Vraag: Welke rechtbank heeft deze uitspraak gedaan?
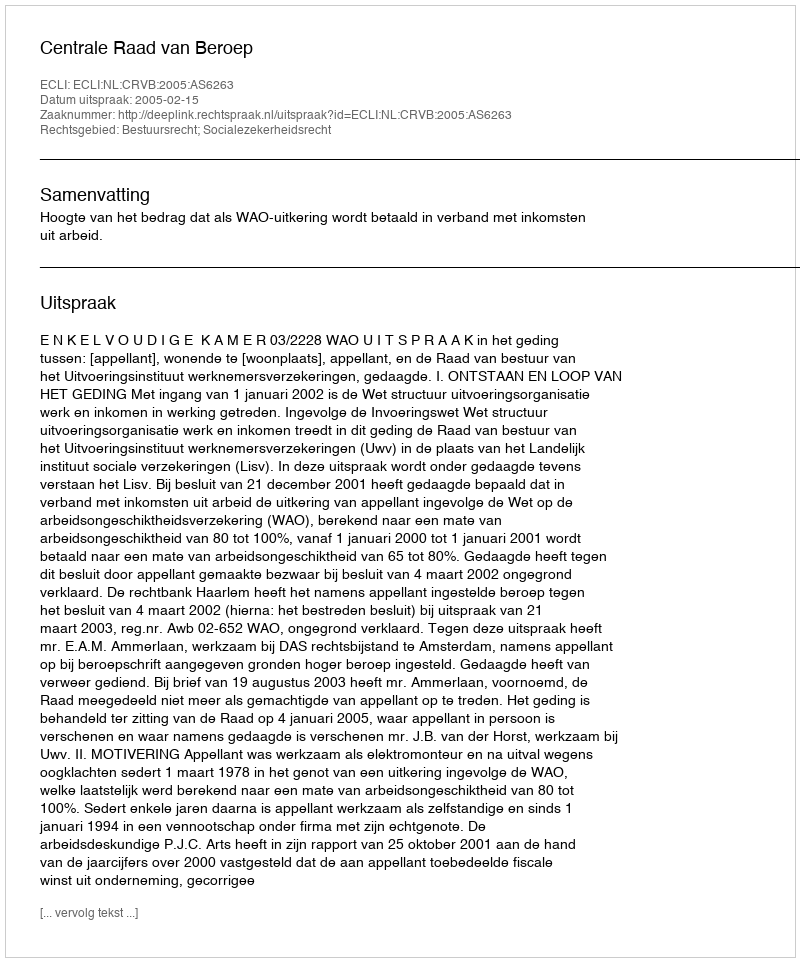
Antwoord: Centrale Raad van Beroep